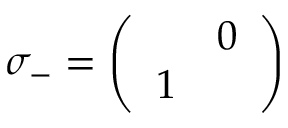
\sigma _ { - } = \left( \begin{array} { c c } { { } } & { { 0 } } \\ { { 1 } } & { { } } \end{array} \right)